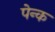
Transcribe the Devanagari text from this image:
पेन्क